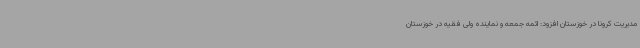
مدیریت کرونا در خوزستان افزود: ائمه جمعه و نماینده ولی فقیه در خوزستان